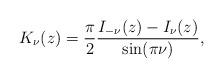
LaTeX: \begin{align*}K_\nu(z) = \frac{\pi}{2} \frac{I_{-\nu}(z) - I_\nu(z)}{\sin(\pi \nu)},\end{align*}